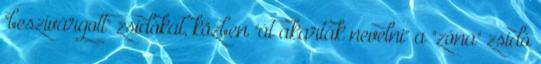
"beszivárgott" zsidókat, közben "át akarták nevelni" a "zóna" zsidó